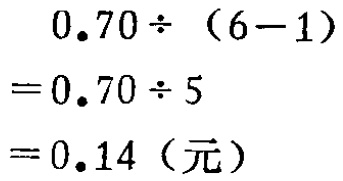
\[
\begin{align*}
&0.70\div(6 - 1)\\
=&0.70\div5\\
=&0.14 (\text{元})
\end{align*}
\]